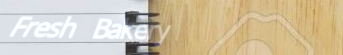
Fresh Bakery